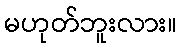
မဟုတ်ဘူးလား။